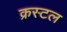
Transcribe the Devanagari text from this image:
क्रस्टल